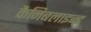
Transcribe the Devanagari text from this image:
कैनिबलाइज्ड